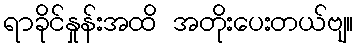
ရာခိုင်နှုန်းအထိ အတိုးပေးတယ်ဗျ။